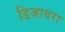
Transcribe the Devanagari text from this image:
डिजायरा